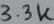
Text: 3.3K